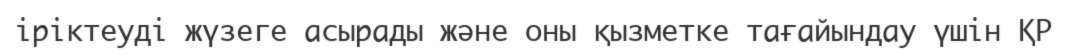
іріктеуді жүзеге асырады және оны қызметке тағайындау үшін ҚР